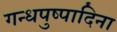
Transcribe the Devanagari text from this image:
गन्धपुष्पादिना